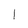
Character: l